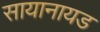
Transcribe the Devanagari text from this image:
सायानायड